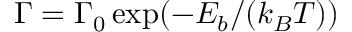
\Gamma = \Gamma _ { 0 } \exp ( - E _ { b } / ( k _ { B } T ) )